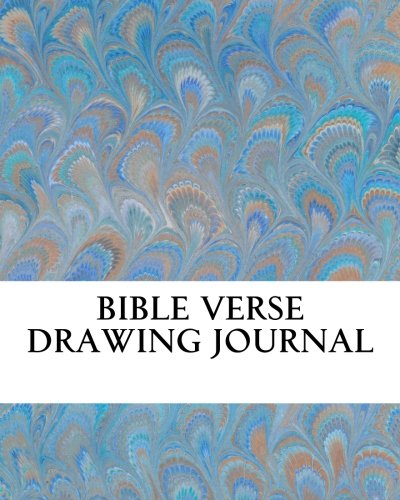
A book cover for Bible Verse Drawing Journal; J. Peters; Christian Books & Bibles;